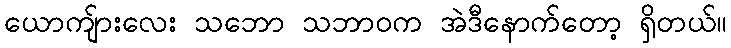
ယောကျ်ားလေး သဘော သဘာဝက အဲဒီနောက်တော့ ရှိတယ်။